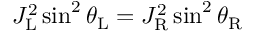
\begin{array} { r } { J _ { \mathrm { L } } ^ { 2 } \sin ^ { 2 } { \theta _ { \mathrm { L } } } = J _ { \mathrm { R } } ^ { 2 } \sin ^ { 2 } { \theta _ { \mathrm { R } } } } \end{array}